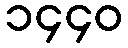
၁၄၄၀